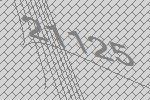
21125